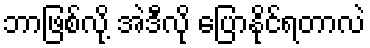
ဘာဖြစ်လို့ အဲဒီလို ပြောနိုင်ရတာလဲ